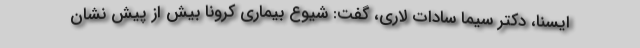
ایسنا، دکتر سیما سادات لاری، گفت: شیوع بیماری کرونا بیش از پیش نشان